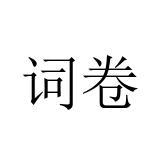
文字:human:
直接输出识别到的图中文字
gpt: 词卷